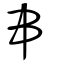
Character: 串